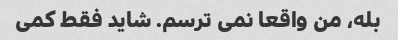
بله، من واقعا نمی ترسم. شاید فقط کمی